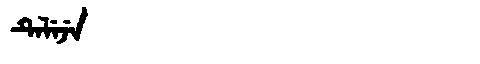
Manchu: ᡨᡝᠯᡝᠵᡝ
Romanization: TELEJE